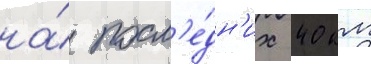
на́ посл'е́дн'их 40 км